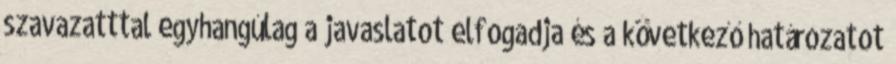
szavazatttal egyhangúlag a javaslatot elfogadja és a következő határozatot